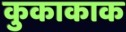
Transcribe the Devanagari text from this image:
कुकाकाक